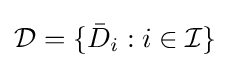
{\mathcal {D}}=\{{\bar {D}}_{i}:i\in {\mathcal {I}}\}